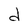
Character: d